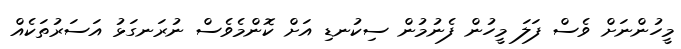
މީހުންނަށް ވެސް ފަލަ މީހުން ފެނުމުން ސިކުނޑި އަށް ކޮންމެވެސް ނުރަނގަޅު އަސަރުތަކެއް